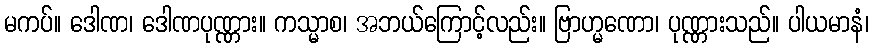
မကပ်။ ဒေါဏ၊ ဒေါဏပုဏ္ဏား။ ကသ္မာစ၊ အဘယ်ကြောင့်လည်း။ ဗြာဟ္မဏော၊ ပုဏ္ဏားသည်။ ပါယမာနံ၊